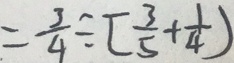
= \frac { 3 } { 4 } \div [ \frac { 3 } { 5 } + \frac { 1 } { 4 } )